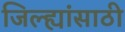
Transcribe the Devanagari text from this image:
जिल्ह्यांसाठी